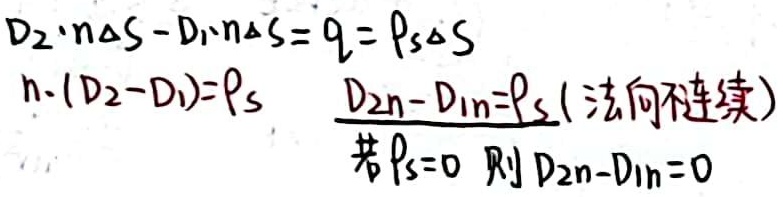
$D_2\cdot n\Delta S - D_1\cdot n\Delta S = q = \rho_s\Delta S$
$n\cdot (D_2 - D_1)=\rho_s$
$\underline{D_{2n}-D_{1n}=\rho_s \text{(法向不连续)}}$
若$\rho_s = 0$ 则$D_{2n}-D_{1n}=0$